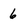
Character: 6